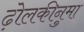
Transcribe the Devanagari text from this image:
ढ़ोलकीनुमा